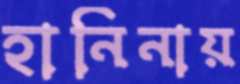
হানিনায়